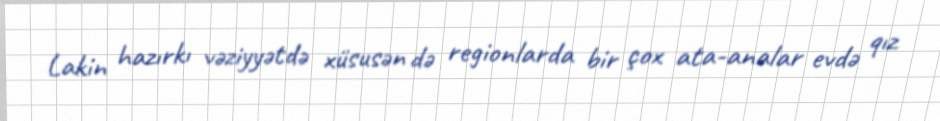
Lakin hazırkı vəziyyətdə xüsusən də regionlarda bir çox ata-analar evdə qız